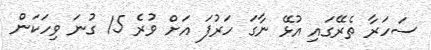
ސަހަރާ ތެރޭގައި އުޅޭ ނާގަ ހަރުފަ އަށް ވުރެ 15 ގުނަ ވިހަކަން